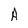
Character: A